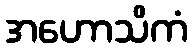
အဟောသိကံ